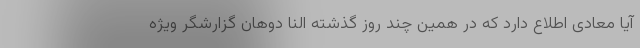
آیا معادی اطلاع دارد که در همین چند روز گذشته النا دوهان گزارشگر ویژه